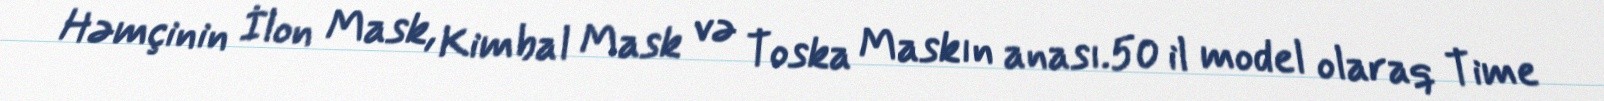
Həmçinin İlon Mask, Kimbal Mask və Toska Maskın anası.50 il model olaraq Time